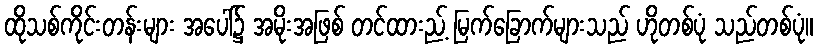
ထိုသစ်ကိုင်းတန်းများ အပေါ်၌ အမိုးအဖြစ် တင်ထားည့် မြက်ခြောက်များသည် ဟိုတစ်ပုံ သည်တစ်ပုံ။